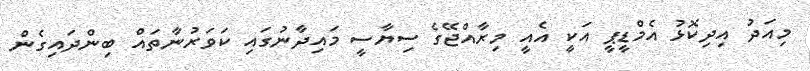
މިއަދު އިދިކޮޅު އެމްޑީޕީ އަކީ އެއީ މިރާއްޖޭގެ ސިޔާސީ މައިދާނުގައި ކަވަރުނާތައް ބިންދައިގެން